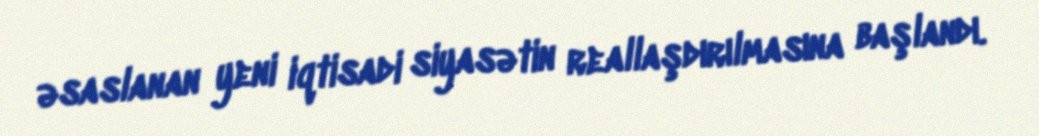
əsaslanan yeni iqtisadi siyasətin reallaşdırılmasına başlandı.